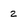
Character: 2